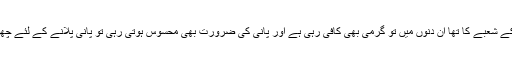
ہر کارکن چاہے وہ لنگر خانے میں کام کرنے والا کارکن تھا یا صفائی کے شعبے کا تھا یا آب رسانی کے شعبے کا تھا ان دنوں میں تو گرمی بھی کافی رہی ہے اور پانی کی ضرورت بھی محسوس ہوتی رہی تو پانی پلانے کے لئے چھوٹے بچوں نے ڈیوٹی دی اور اس ڈیوٹی کو خوب نبھایا اللہ تعالیٰ ان کی نیکیوں کو اور بڑھاتا چلا جائے۔